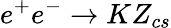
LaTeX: e^{+}e^{-}\to KZ_{cs}